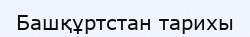
Башқұртстан тарихы